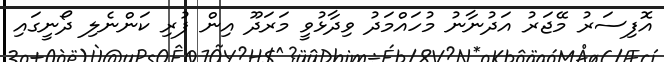
އޮފިސަރު މޭޖަރު އަދުނާނު މުހައްމަދު ވިދާޅުވީ މަރަދޫ އިން ފުރި ކަންނެލި ދޯނީގައި